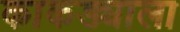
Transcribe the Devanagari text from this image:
काकड्याला